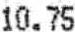
10.75